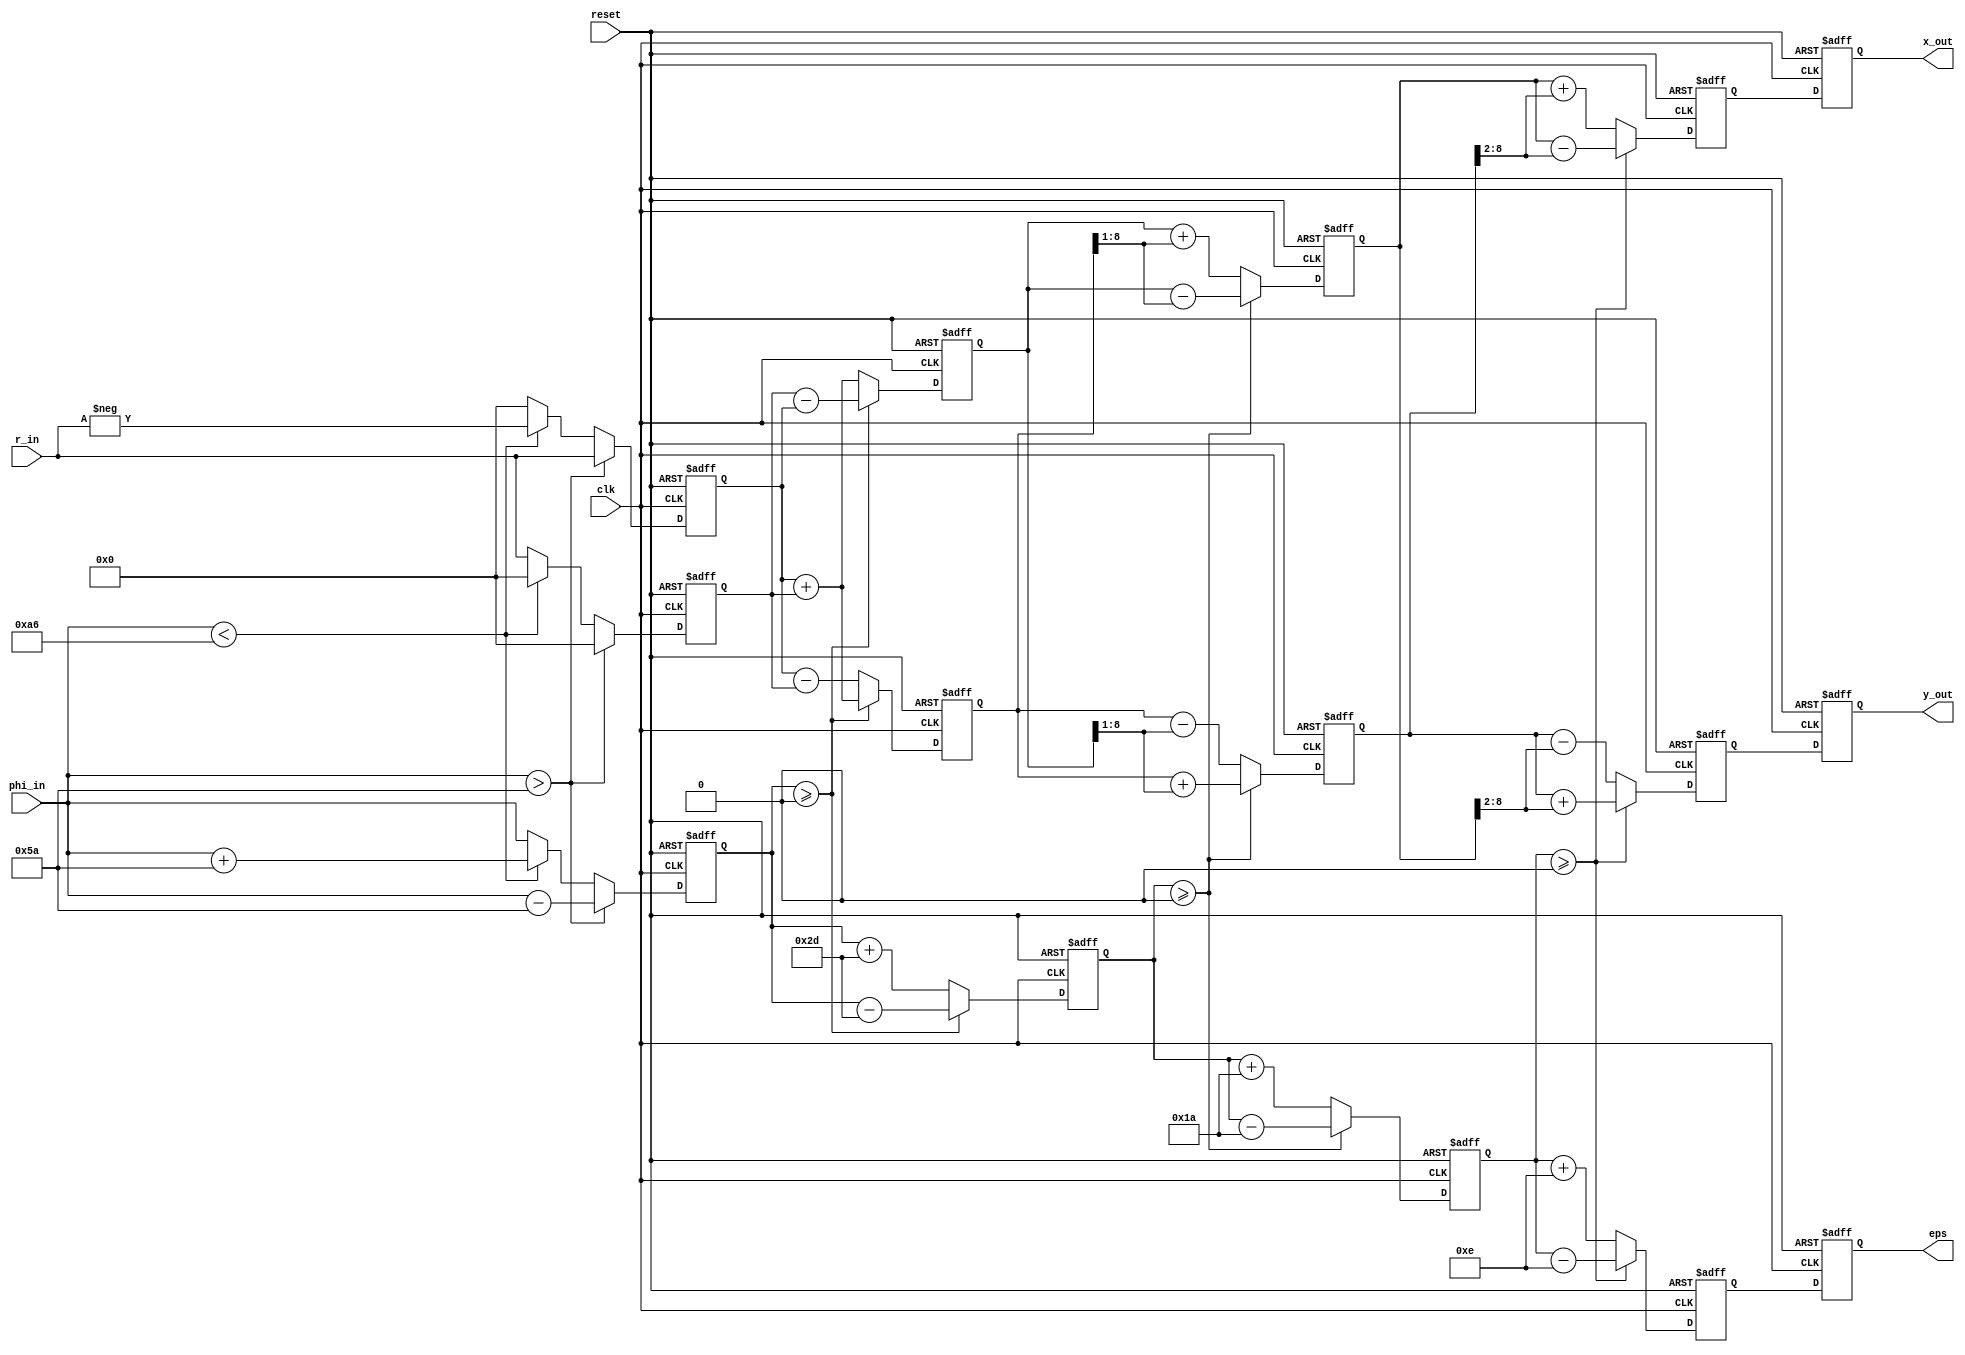
//*********************************************************
// IEEE STD 1364-2001 Verilog file: ammod.v 
// Author-EMAIL: Uwe.Meyer-Baese@ieee.org
//*********************************************************
module ammod #(parameter W = 8)  // Bit width - 1
 (input        clk,              // System clock
  input        reset,            // Asynchronous reset
  input signed [W:0] r_in,       // Radius input 
  input signed [W:0] phi_in,     // Phase input
  output reg signed [W:0] x_out, // x or real part output
  output reg signed [W:0] y_out, // y or imaginary part
  output reg signed [W:0] eps);  // Error of results
// --------------------------------------------------------
  reg signed [W:0] x [0:3]; // There is bit access in 2D 
  reg signed [W:0] y [0:3]; // array types in  
  reg signed [W:0] z [0:3]; // Quartus Verilog 2001

  always @(posedge clk or posedge reset)
  begin: Pipeline
    integer k;    // Loop variable    
    if (reset) begin                             
      for (k=0; k<=3; k=k+1) begin    // Asynchronous clear
        x[k] <= 0; y[k] <= 0; z[k] <= 0;  
      end
        x_out <= 0; eps <= 0; y_out <= 0;
      end
    else begin
    
      if (phi_in > 90) begin  // Test for |phi_in| > 90
        x[0] <= 0;            // Rotate 90 degrees 
        y[0] <= r_in;         // Input in register 0
        z[0] <= phi_in - 'sd90;
      end else if (phi_in < - 90) begin
                 x[0] <= 0;
                 y[0] <= - r_in;
                 z[0] <= phi_in + 'sd90;
               end else begin
                  x[0] <= r_in;
                  y[0] <= 0;
                  z[0] <= phi_in;
               end

      if (z[0] >= 0)  begin           // Rotate 45 degrees
          x[1] <= x[0] - y[0];
          y[1] <= y[0] + x[0];
          z[1] <= z[0] - 'sd45;
      end else begin
          x[1] <= x[0] + y[0];
          y[1] <= y[0] - x[0];
          z[1] <= z[0] + 'sd45;
      end

      if (z[1] >= 0)  begin       // Rotate 26 degrees
        x[2] <= x[1] - (y[1] >>> 1); // i.e. x[1] - y[1] /2
        y[2] <= y[1] + (x[1] >>> 1); // i.e. y[1] + x[1] /2
        z[2] <= z[1] - 'sd26;
      end else begin
        x[2] <= x[1] + (y[1] >>> 1); // i.e. x[1] + y[1] /2
        y[2] <= y[1] - (x[1] >>> 1); // i.e. y[1] - x[1] /2
        z[2] <= z[1] + 'sd26;
      end

      if (z[2] >= 0)  begin         // Rotate 14 degrees
        x[3] <= x[2] - (y[2] >>> 2); // i.e. x[2] - y[2]/4
        y[3] <= y[2] + (x[2] >>> 2); // i.e. y[2] + x[2]/4
        z[3] <= z[2] - 'sd14;
      end else begin
        x[3] <= x[2] + (y[2] >>> 2); // i.e. x[2] + y[2]/4
        y[3] <= y[2] - (x[2] >>> 2); // i.e. y[2] - x[2]/4
        z[3] <= z[2] + 'sd14;
      end

      x_out <= x[3];
      eps   <= z[3];
      y_out <= y[3];
    end
  end

endmodule